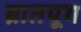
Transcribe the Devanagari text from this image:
ब्रातपूग